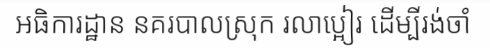
អធិការដ្ឋាន នគរបាលស្រុក រលាប្អៀរ ដើម្បីរង់ចាំ